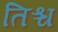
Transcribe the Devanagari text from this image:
तिश्च